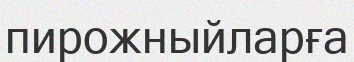
пирожныйларға